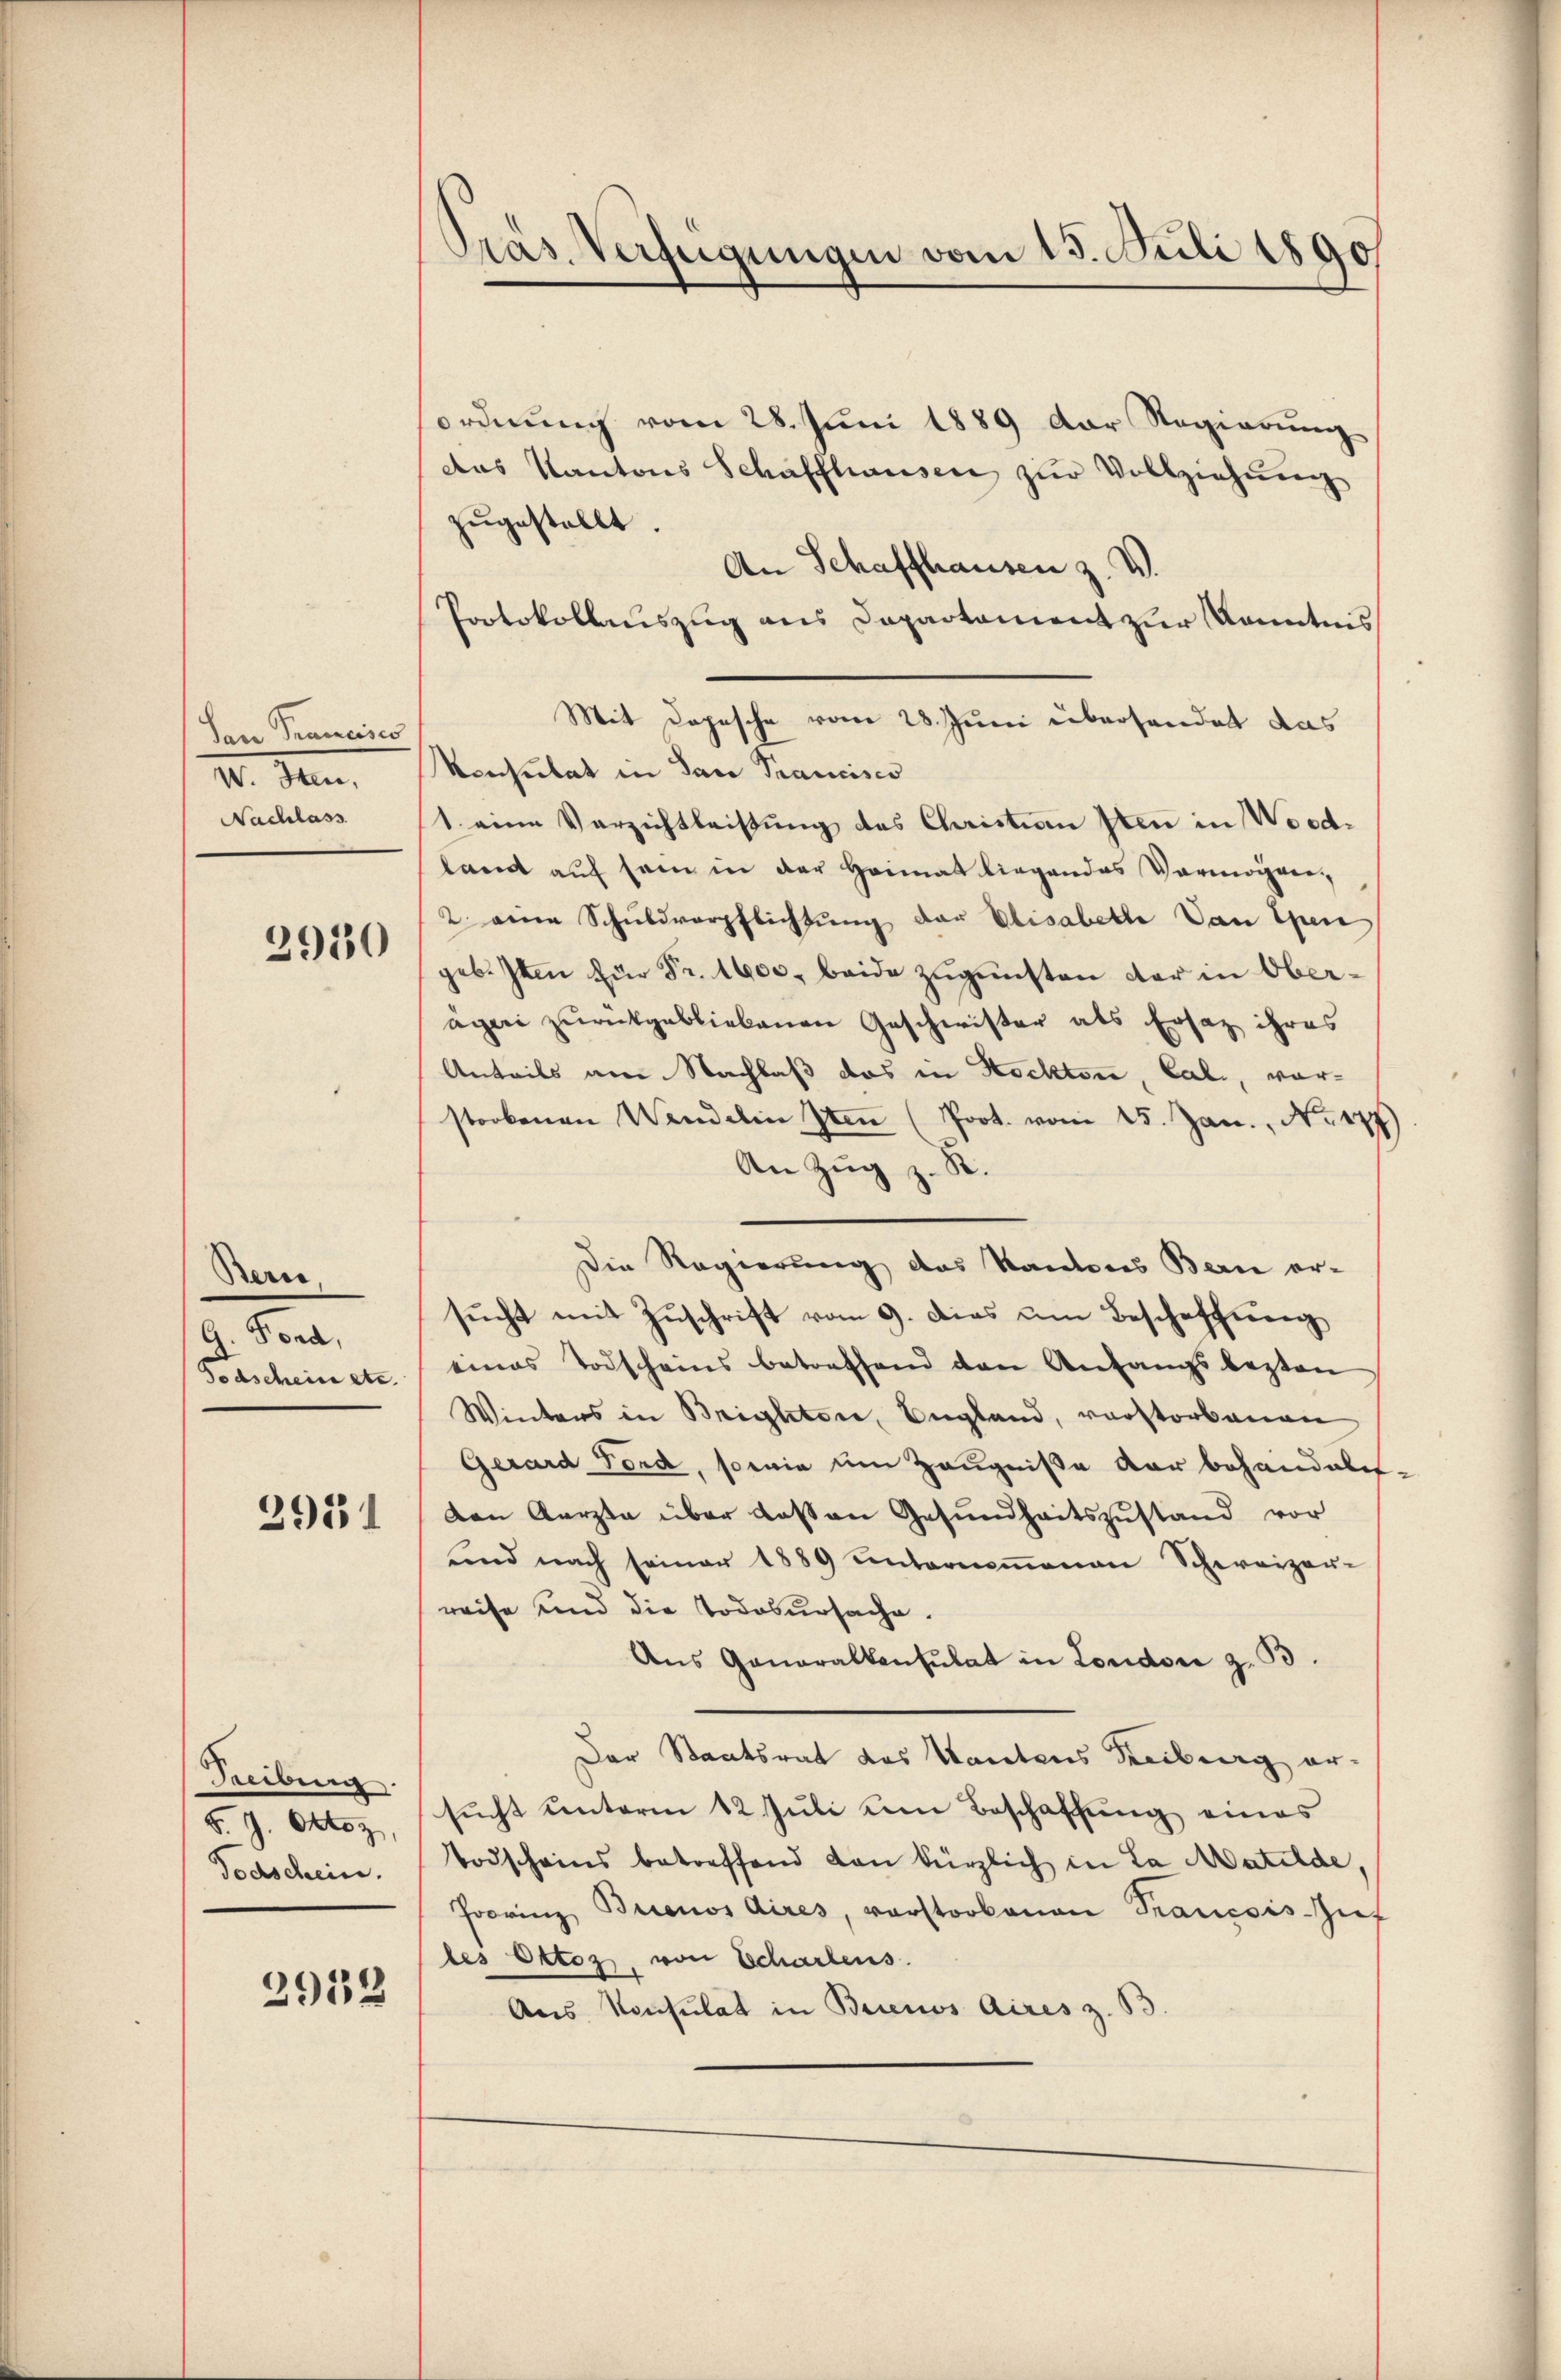
San Francises
II. Se
Nachlass

2910

Bern
A. Fond,
Forschein etc.

2951

Reibung.
§. 9. Oktoz,
Todschein.

2939

Präs. Verfügungen vom 15. Juli 1890

ordnŭng vom 28. Jŭni 1889 der Regierŭng
das Kantons Schaffhausen zŭr Vollziehŭng
zugestellt.
An Schaffhausen z. B.
Protokollauszug aus Departament zur Kenntnis
Mit Depesche vom 28. Juni übersendet das
Konsulat in Pace Prancisco
1. eine Verzichtleistung des Christion sten in Wordland auf sein in der Heimat liegendes Vermögen,
2. eine Schuldverpflichtŭng der Elisabethe Dan Epen
geb. Iten für Fr. 1900, beide zugunsten der in Oberägeri zurückgebliebenen Geschwister als Ersatz ihres
Anteils am Nachlaß das in Rocktore, Cali, vorstorbenen Wandelin Iten (Prot. vom 15. Jan. No. 177)
An Zug z. R.
Die Regierung des Kantons Bern er-
sŭcht mit Zŭschrift vom 9. dies um Beschaffung
eines Todscheins betreffend den Anfangsbestan
Winters in Brighton, England, verstorbenen
Gerard Ford, sowie um Zeugniße dar behandalis-
den Aerzte über dassen Gesundheitszustand vor
ŭnd nach seiner 1889 unternoṁenen Schweizer-
reise und die Todesursache,
Aus Generalkonsulat in London z. B.
Der Staatsrat des Kantons Reiburg ersŭcht ŭnterm 12. Jŭli um Beschaffŭng eines
Todscheins betreffend den kürzlich in La Matilde,
Joovinz Buenos Aires, verstorbenen Trancsis-Zief
les Ottoz, von Schartens.
Aus Konsulat in Buenos Aires z. B.